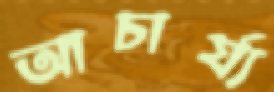
আচার্য্য